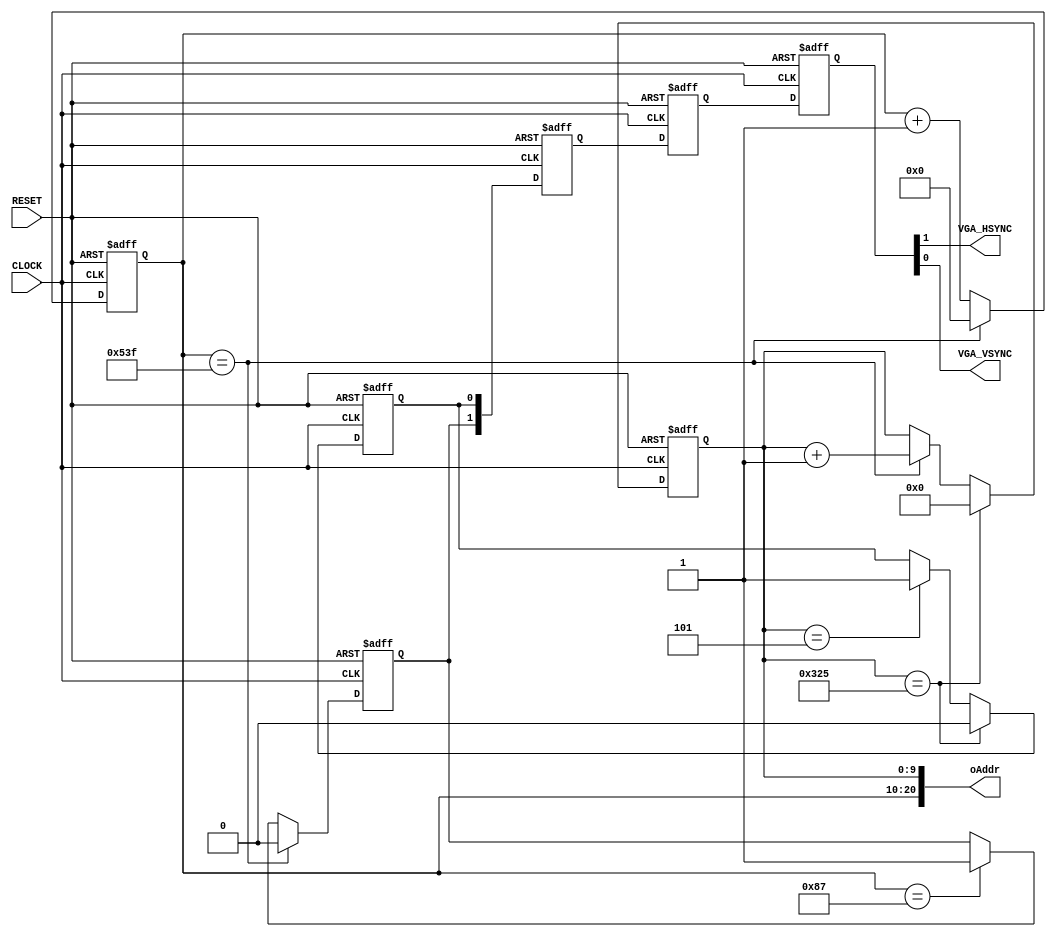
module vga_funcmod 
(
    input CLOCK, RESET,
	 output VGA_HSYNC, VGA_VSYNC,
	 output [20:0]oAddr  // [20:10]X ,[9:0]Y
);
    parameter SA = 11'd136, SE = 11'd1344;
	 parameter SO = 11'd6, SS = 11'd806;
	 
    reg [10:0]C1;
	 reg [9:0]C2;
	 reg rH,rV;
	 
	 always @ ( posedge CLOCK or negedge RESET )
	     if( !RESET )
		      begin
				    C1 <= 11'd0;
					 C2 <= 10'd0;
					 rH <= 1'b1;
					 rV <= 1'b1;
				end
		  else 
		      begin
				    
					 if( C1 == SE -1 ) rH <= 1'b0; 
				     else if( C1 == SA -1  ) rH <= 1'b1;
					 
					 if( C2 == SS -1 ) rV <= 1'b0;
					 else if( C2 == SO -1  ) rV <= 1'b1;
					 
					 if( C2 == SS -1 ) C2 <= 10'd0;
					 else if( C1 == SE -1 ) C2 <= C2 + 1'b1;
					 
				    if( C1 == SE -1 ) C1 <= 11'd0;
					 else C1 <= C1 + 1'b1;
					 
				end
				
	 reg [1:0]B1,B2,B3;
	 
    always @ ( posedge CLOCK or negedge RESET )
	     if( !RESET )
		      {  B3, B2, B1 } <= 6'b11_11_11;
		  else
		      begin
				    B1 <= { rH,rV };
				    B2 <= B1;
					 B3 <= B2;
				end	
    
	 assign { VGA_HSYNC, VGA_VSYNC } = B3;
	 assign oAddr = {C1,C2};
	 
endmodule